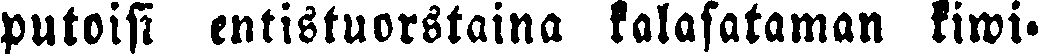
putoisi entistuorstaina kalasataman kiwi-